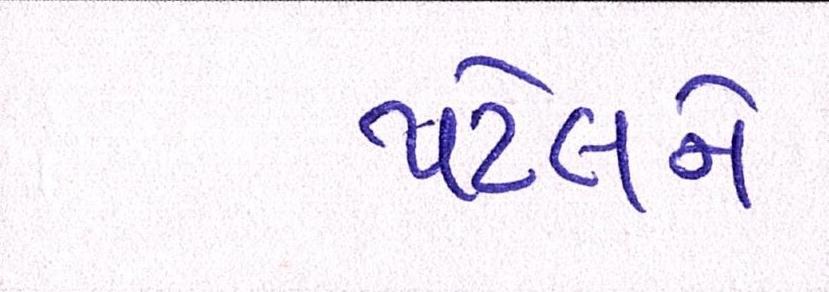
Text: પટેલને